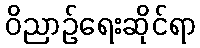
ဝိညာဉ်ရေးဆိုင်ရာ